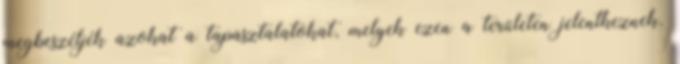
megbeszéljék azokat a tapasztalatokat, melyek ezen a területen jelentkeznek.